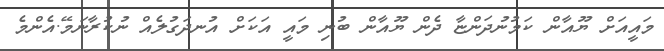
މައީއަށް ޔޫއާން ކަމުނުދަންޏާ ދެން ޔޫއާން ބުނި މައީ އަކަށް އުނދަގުލެއް ނުކުރާނަމޭ.އެންމެ